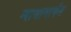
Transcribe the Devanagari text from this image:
न्यासामार्फत